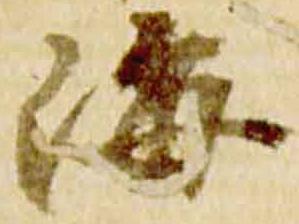
海